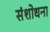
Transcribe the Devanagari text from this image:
संशोधना